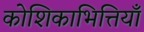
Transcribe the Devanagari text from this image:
कोशिकाभित्तियाँ